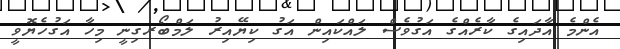
އެންމެ އާދައިގެ ކާރެއްގެ އަގުވެސް ލައްކައިން އަގު ކިޔޭއިރު ލަމްބޯރގިނީ މިހާ އަގުހެޔޮވީ